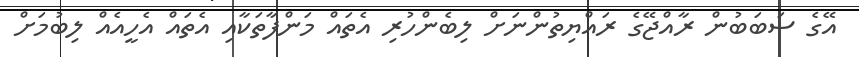
އޭގެ ސަބަބުން ރާއްޖޭގެ ރައްޔިތުންނަށް ލިބެންހުރި އެތައް މަންފާތަކާއި އެތައް އެހީއެއް ލިބުމަށް